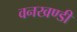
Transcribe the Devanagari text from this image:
वनखण्डी